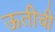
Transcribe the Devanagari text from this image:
ऊतीची